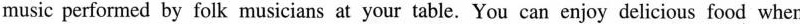
music performed by folk musicians at your table. You can enjoy delicious food when